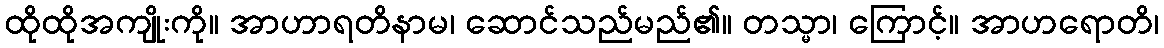
ထိုထိုအကျိုးကို။ အာဟာရတိနာမ၊ ဆောင်သည်မည်၏။ တသ္မာ၊ ကြောင့်။ အာဟရောတိ၊